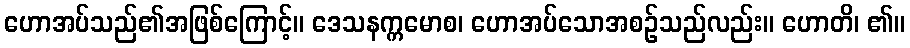
ဟောအပ်သည်၏အဖြစ်ကြောင့်။ ဒေသနက္ကမောစ၊ ဟောအပ်သောအစဉ်သည်လည်း။ ဟောတိ၊ ၏။